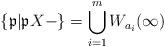
LaTeX: \begin{align*}\{\mathfrak{p}|\mathfrak{p} X-\}=\bigcup_{i=1}^mW_{a_i}(\infty)\end{align*}